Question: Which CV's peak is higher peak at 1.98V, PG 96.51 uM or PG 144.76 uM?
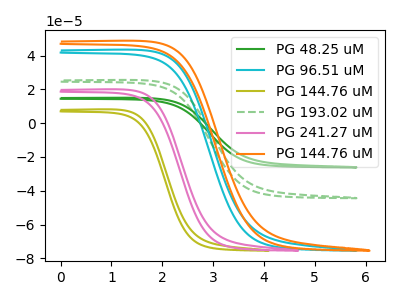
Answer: <think>The green curve "PG 48.25 uM" has no peaks. The cyan curve "PG 96.51 uM" has no peaks. The olive curve "PG 144.76 uM" has no peaks. The green dashed curve "PG 193.02 uM" has no peaks. The pink curve "PG 241.27 uM" has no peaks. The orange curve "PG 144.76 uM" has no peaks.</think>
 <answer>"PG 96.51 uM" and "PG 144.76 uM" dont share a peak at 1.98V.</answer>
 <eval>mismatch</eval>